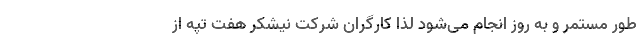
طور مستمر و به روز انجام می‌شود لذا کارگران شرکت نیشکر هفت تپه از